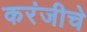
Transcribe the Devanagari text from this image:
करंजीचे